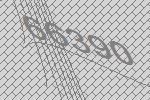
66390